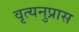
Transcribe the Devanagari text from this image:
वृत्यनुप्रास